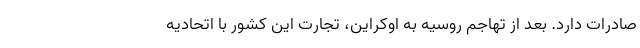
صادرات دارد. بعد از تهاجم روسیه به اوکراین، تجارت این کشور با اتحادیه